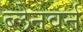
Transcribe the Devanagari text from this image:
ब्लेनवर्न